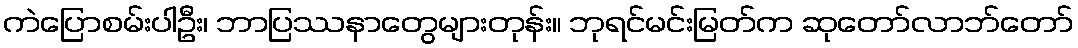
ကဲပြောစမ်းပါဦး၊ ဘာပြဿနာတွေများတုန်း။ ဘုရင်မင်းမြတ်က ဆုတော်လာဘ်တော်